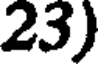
23)